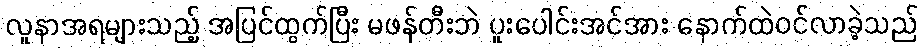
လူနာအရများသည့် အပြင်ထွက်ပြီး မဖန်တီးဘဲ ပူးပေါင်းအင်အား နောက်ထဲဝင်လာခဲ့သည်